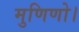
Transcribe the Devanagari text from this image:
मुणिणो।